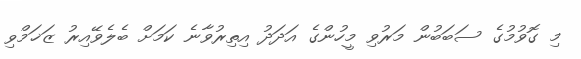
މި ގޮވުމުގެ ސަބަބުން މަރުވި މީހުންގެ އަދަދު އިތިރުވާނެ ކަމަށް ބެލެވޭއިރު ޒަޚަމްވި